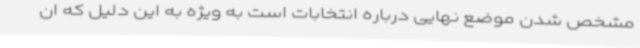
مشخص شدن موضع نهایی درباره انتخابات است به ویژه به این دلیل که ان